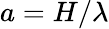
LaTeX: a=H/\lambda